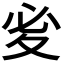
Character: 𭐡